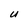
Character: U